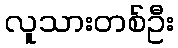
လူသားတစ်ဦး